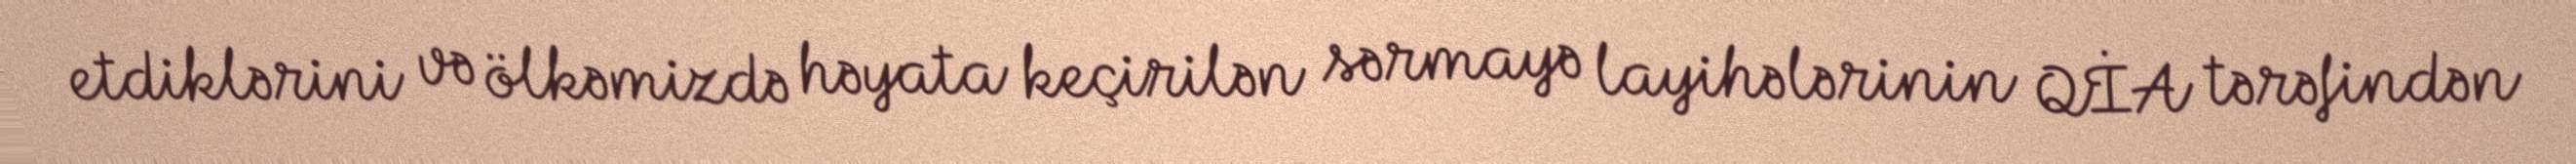
etdiklərini və ölkəmizdə həyata keçirilən sərmayə layihələrinin QİA tərəfindən